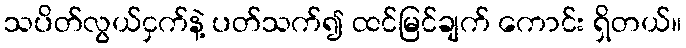
သပိတ်လွယ်ငှက်နဲ့ ပတ်သက်၍ ထင်မြင်ချက် ကောင်း ရှိတယ်။